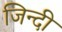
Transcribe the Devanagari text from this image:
जिन्दी